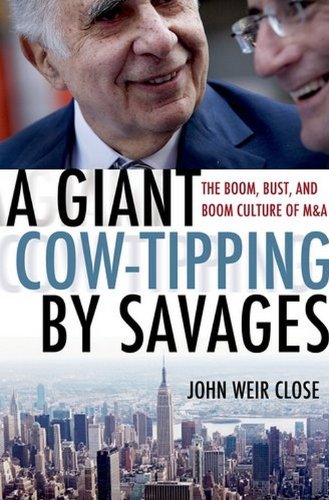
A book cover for A Giant Cow-Tipping by Savages: The Boom, Bust, and Boom Culture of M&A; John Weir Close; Business & Money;